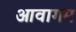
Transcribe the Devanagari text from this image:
आवागम